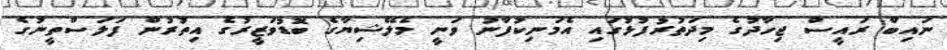
ނައިބް ރައީސް ޖިހާދުގެ މިދަތުރުފުޅުގައި އެމަނިކުފާނު ވަނީ މެލޭޝިޔާގެ ބޮޑުވަޒީރުގެ އިތުރުން ފަލަސްތީނުގެ